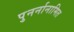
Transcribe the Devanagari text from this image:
पुनर्नानामित